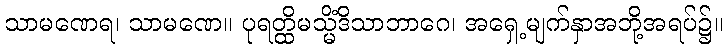
သာမဏေရ၊ သာမဏေ။ ပုရတ္ထိမသ္မိံဒိသာဘာဂေ၊ အရှေ့မျက်နှာအဘို့အရပ်၌။